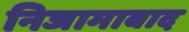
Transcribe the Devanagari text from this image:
निजामाबाद